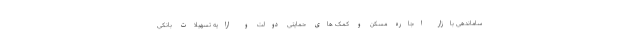
ساماندهی بازار اجاره مسکن و کمک های حمایتی دولت و ارایه تسهیلات بانکی